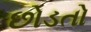
છોડતો